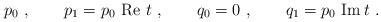
\begin{align*}p_0\ , \qquad p_1 = p_0 \ {\rm Re}\ t \ , \qquad q_0 =0\ , \qquad q_1 = p_0 \ {\rm Im } \, t\ .\end{align*}